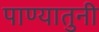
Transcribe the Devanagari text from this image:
पाण्यातुनी